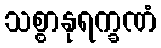
သစ္စာနုရက္ခဏံ